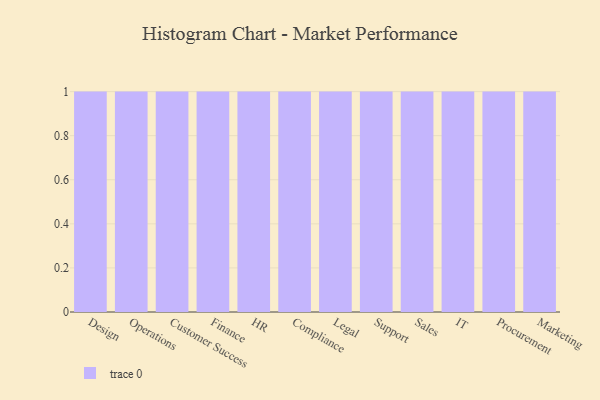
{"axis": {"x": "Department", "y": "Revenue (USD Million)"}, "legend": [""], "data": [{"x": "Design", "y": 17, "type": ""}, {"x": "Operations", "y": 41, "type": ""}, {"x": "Customer Success", "y": 64, "type": ""}, {"x": "Finance", "y": 68, "type": ""}, {"x": "HR", "y": 76, "type": ""}, {"x": "Compliance", "y": 71, "type": ""}, {"x": "Legal", "y": 3, "type": ""}, {"x": "Support", "y": 82, "type": ""}, {"x": "Sales", "y": 7, "type": ""}, {"x": "IT", "y": 13, "type": ""}, {"x": "Procurement", "y": 2, "type": ""}, {"x": "Marketing", "y": 68, "type": ""}]}